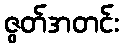
ဇွတ်အတင်း